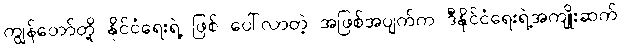
ကျွန်တော်တို့ နိုင်ငံရေးရဲ့ ဖြစ် ပေါ်လာတဲ့ အဖြစ်အပျက်က ဒီနိုင်ငံရေးရဲ့အကျိုးဆက်